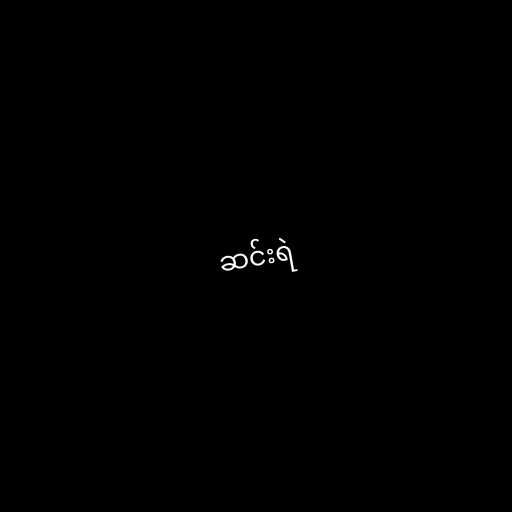
ဆင်းရဲ